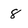
Character: 8